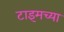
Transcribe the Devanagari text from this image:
टाइमच्या